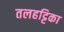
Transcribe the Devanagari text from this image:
तलहट्टिका